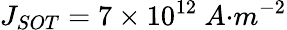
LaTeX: J_{{SOT}}=7\times{10}^{12}{\ A}{{·}}{{m}}^{{-2}}